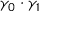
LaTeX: \gamma _ { 0 } \cdot \gamma _ { 1 }